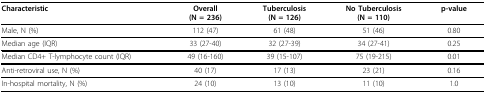
<table><thead><tr><td><b>Characteristic</b></td><td><b>Overall(N = 236)</b></td><td><b>Tuberculosis(N = 126)</b></td><td><b>No Tuberculosis(N = 110)</b></td><td><b>p-value</b></td></tr></thead><tbody><tr><td>Male, N (%)</td><td>112 (47)</td><td>61 (48)</td><td>51 (46)</td><td>0.80</td></tr><tr><td>Median age (IQR)</td><td>33 (27-40)</td><td>32 (27-39)</td><td>34 (27-41)</td><td>0.25</td></tr><tr><td>Median CD4+ T-lymphocyte count (IQR)</td><td>49 (16-160)</td><td>39 (15-107)</td><td>75 (19-215)</td><td>0.01</td></tr><tr><td>Anti-retroviral use, N (%)</td><td>40 (17)</td><td>17 (13)</td><td>23 (21)</td><td>0.16</td></tr><tr><td>In-hospital mortality, N (%)</td><td>24 (10)</td><td>13 (10)</td><td>11 (10)</td><td>1.0</td></tr></tbody></table>